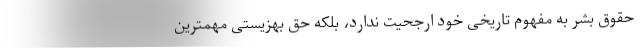
حقوق بشر به مفهوم تاریخی خود ارجحیت ندارد، بلکه حق بهزیستی مهمترین